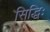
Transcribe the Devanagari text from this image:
सिद्धिः